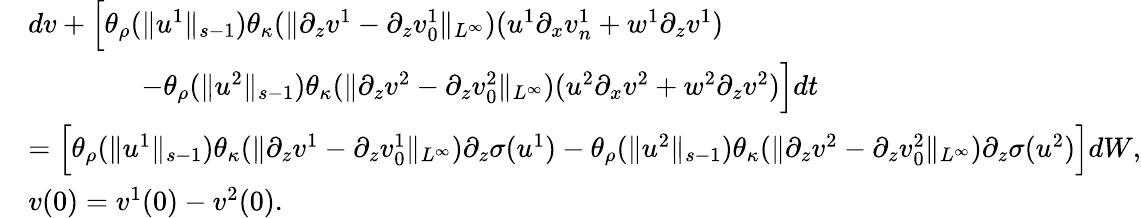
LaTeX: \begin{array}{rl}&{dv+\Big[\theta_{\rho}(\| u^{1}\| _{s-1})\theta_{\kappa}(\| \partial_{z}v^{1}-\partial_{z}v_{0}^{1}\| _{L^{\infty}})(u^{1}\partial_{x}v_{n}^{1}+w^{1}\partial_{z}v^{1})}\\ &{\qquad\qquad-\theta_{\rho}(\| u^{2}\| _{s-1})\theta_{\kappa}(\| \partial_{z}v^{2}-\partial_{z}v_{0}^{2}\| _{L^{\infty}})(u^{2}\partial_{x}v^{2}+w^{2}\partial_{z}v^{2})\Big]dt}\\ &{=\Big[\theta_{\rho}(\| u^{1}\| _{s-1})\theta_{\kappa}(\| \partial_{z}v^{1}-\partial_{z}v_{0}^{1}\| _{L^{\infty}})\partial_{z}\sigma(u^{1})-\theta_{\rho}(\| u^{2}\| _{s-1})\theta_{\kappa}(\| \partial_{z}v^{2}-\partial_{z}v_{0}^{2}\| _{L^{\infty}})\partial_{z}\sigma(u^{2})\Big]dW,}\\ &{v(0)=v^{1}(0)-v^{2}(0).}\end{array}